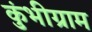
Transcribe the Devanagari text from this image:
कुंभीग्राम